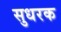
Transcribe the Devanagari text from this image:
सुधरक